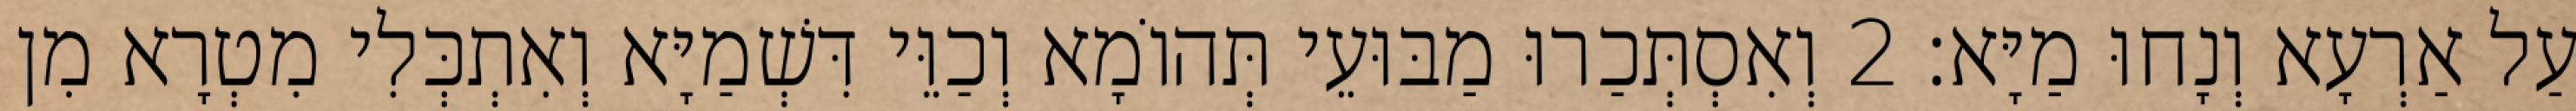
עַל אַרְעָא וְנָחוּ מַיָּא׃ 2 וְאִסְתְּכַרוּ מַבּוּעֵי תְּהוֹמָא וְכַוֵּי דִּשְׁמַיָּא וְאִתְכְּלִי מִטְרָא מִן